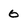
Character: 0